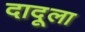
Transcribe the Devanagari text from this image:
दादूला